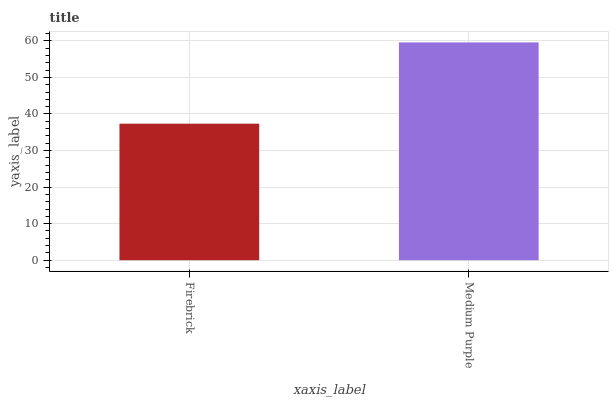
| xaxis_label | bars |
 | --- | --- |
 | Firebrick | 37.3 |
 | Medium Purple | 59.6 |